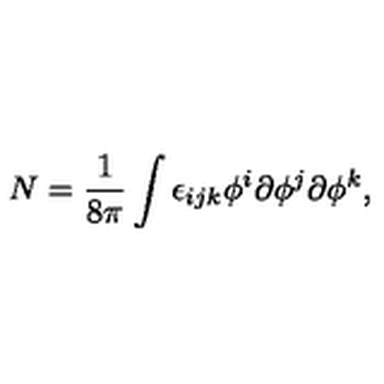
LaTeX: N = \frac { 1 } { 8 \pi } \int \epsilon _ { i j k } \phi ^ { i } \partial \phi ^ { j } \partial \phi ^ { k } ,